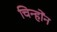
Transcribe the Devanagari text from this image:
चिन्होंन